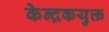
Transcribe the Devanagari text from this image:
केन्द्रकयुक्त